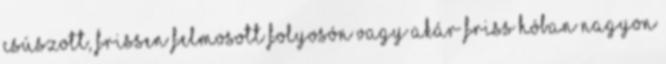
csúszott, frissen felmosott folyosón vagy akár friss hóban nagyon